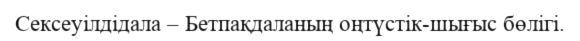
Сексеуілдідала – Бетпақдаланың оңтүстік-шығыс бөлігі.